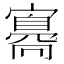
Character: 𡫛